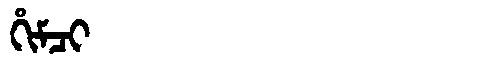
Manchu: ᡥᡳᠮᠴᡳ
Romanization: HIMCI